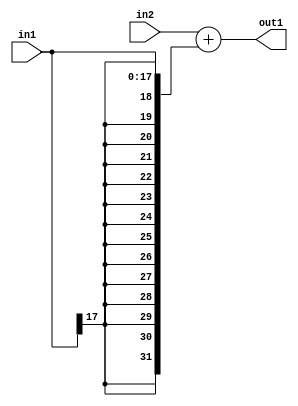
`timescale 1ps / 1ps
/*****************************************************************************
    Verilog RTL Description
    
    
    Created by: Stratus DpOpt 2019.1.01 
*******************************************************************************/

module mac_Add_32Sx18S_32S_4_6 (
	in2,
	in1,
	out1
	); /* architecture "behavioural" */ 
input [31:0] in2;
input [17:0] in1;
output [31:0] out1;
wire [31:0] asc001;

assign asc001 = 
	+(in2)
	+({{14{in1[17]}}, in1});

assign out1 = asc001;
endmodule

/* CADENCE  ubL1TAs= : u9/ySgnWtBlWxVPRXgAZ4Og= ** DO NOT EDIT THIS LINE ******/